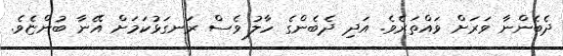
ދެބެންނާ ވަރަށް ވައްތަރެވެ. އަދި ދެބެންގެ ހާލު ވެސް ރަނގަޅުކަމަށް އޭނާ ބުންޏެވެ.